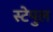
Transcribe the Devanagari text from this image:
स्टेपुल